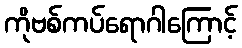
ကိုဗစ်ကပ်ရောဂါကြောင့်